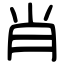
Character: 肖